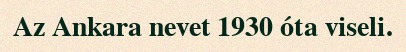
Az Ankara nevet 1930 óta viseli.